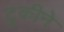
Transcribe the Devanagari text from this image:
टुकीने